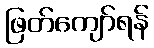
ဖြတ်ကျော်ရန်